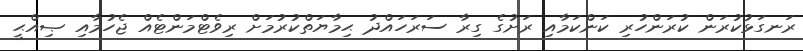
ރަނގަޅުކުރަން ކުރަންހުރި ކަންކަމާއި ރަށުގެ ގިރާ ސަރަހައްދު ޙިމާޔަތްކުރުމަށް ރިވެޓްމަންޓެއް ޖެހުމާއި ޞިއްޙީ